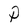
Character: P